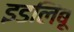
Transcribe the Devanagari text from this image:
इडलिंबू